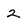
Character: 2